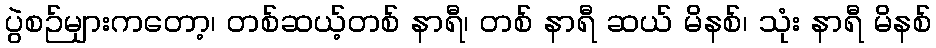
ပွဲစဉ်များကတော့၊ တစ်ဆယ့်တစ် နာရီ၊ တစ် နာရီ ဆယ် မိနစ်၊ သုံး နာရီ မိနစ်